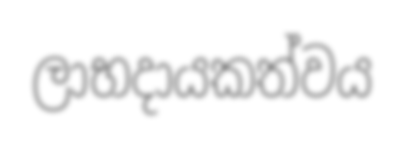
ලාභදායකත්වය